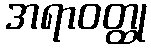
အရာဝတ္ထု